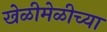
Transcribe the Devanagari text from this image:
खेळीमेळीच्या